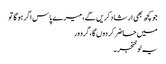
جو کچھ بھی ارشاد کریں گے، میرے پاس اگر ہو گا تو
میں حاضر کر دوں گا، گرو ور
یہ لو خنجر ۔